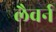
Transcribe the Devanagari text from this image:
लैवर्न